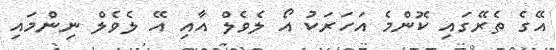
އޭގެ ތެރޭގައި ކޮންމެ އަހަރަކު އޯ ލެވެލް އާއި އޭ ލެވެލް ނިންމައި